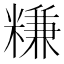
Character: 𥻧